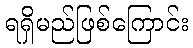
ရရှိမည်ဖြစ်ကြောင်း